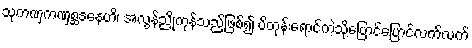
သုကဏှကဏှစ္ဆဒနေဟိ၊ အလွန်ညိုကုန်သည်ဖြစ်၍ ပိတုန်းရောင်ကဲ့သို့ပြောင်ပြောင်လက်လက်